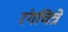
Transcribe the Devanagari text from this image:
रंगचित्रे